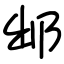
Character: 䢺